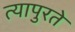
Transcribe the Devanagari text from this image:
त्यापुरते